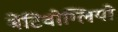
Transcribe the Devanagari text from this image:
बेंटिवोग्लियो